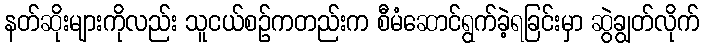
နတ်ဆိုးများကိုလည်း သူငယ်စဉ်ကတည်းက စီမံဆောင်ရွက်ခဲ့ရခြင်းမှာ ဆွဲချွတ်လိုက်